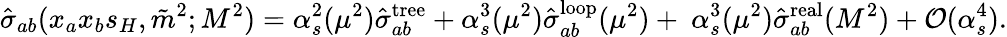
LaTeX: \hat{\sigma}_{ab}(x_{a}x_{b}s_{H},\tilde{m}^{2};M^{2})=\alpha_{s}^{2}(\mu^{2})\hat{\sigma}_{ab}^{\mathrm{tree}}+\alpha_{s}^{3}(\mu^{2})\hat{\sigma}_{ab}^{\mathrm{loop}}(\mu^{2})+~\alpha_{s}^{3}(\mu^{2})\hat{\sigma}_{ab}^{\mathrm{real}}(M^{2})+{\cal O}(\alpha_{s}^{4}).